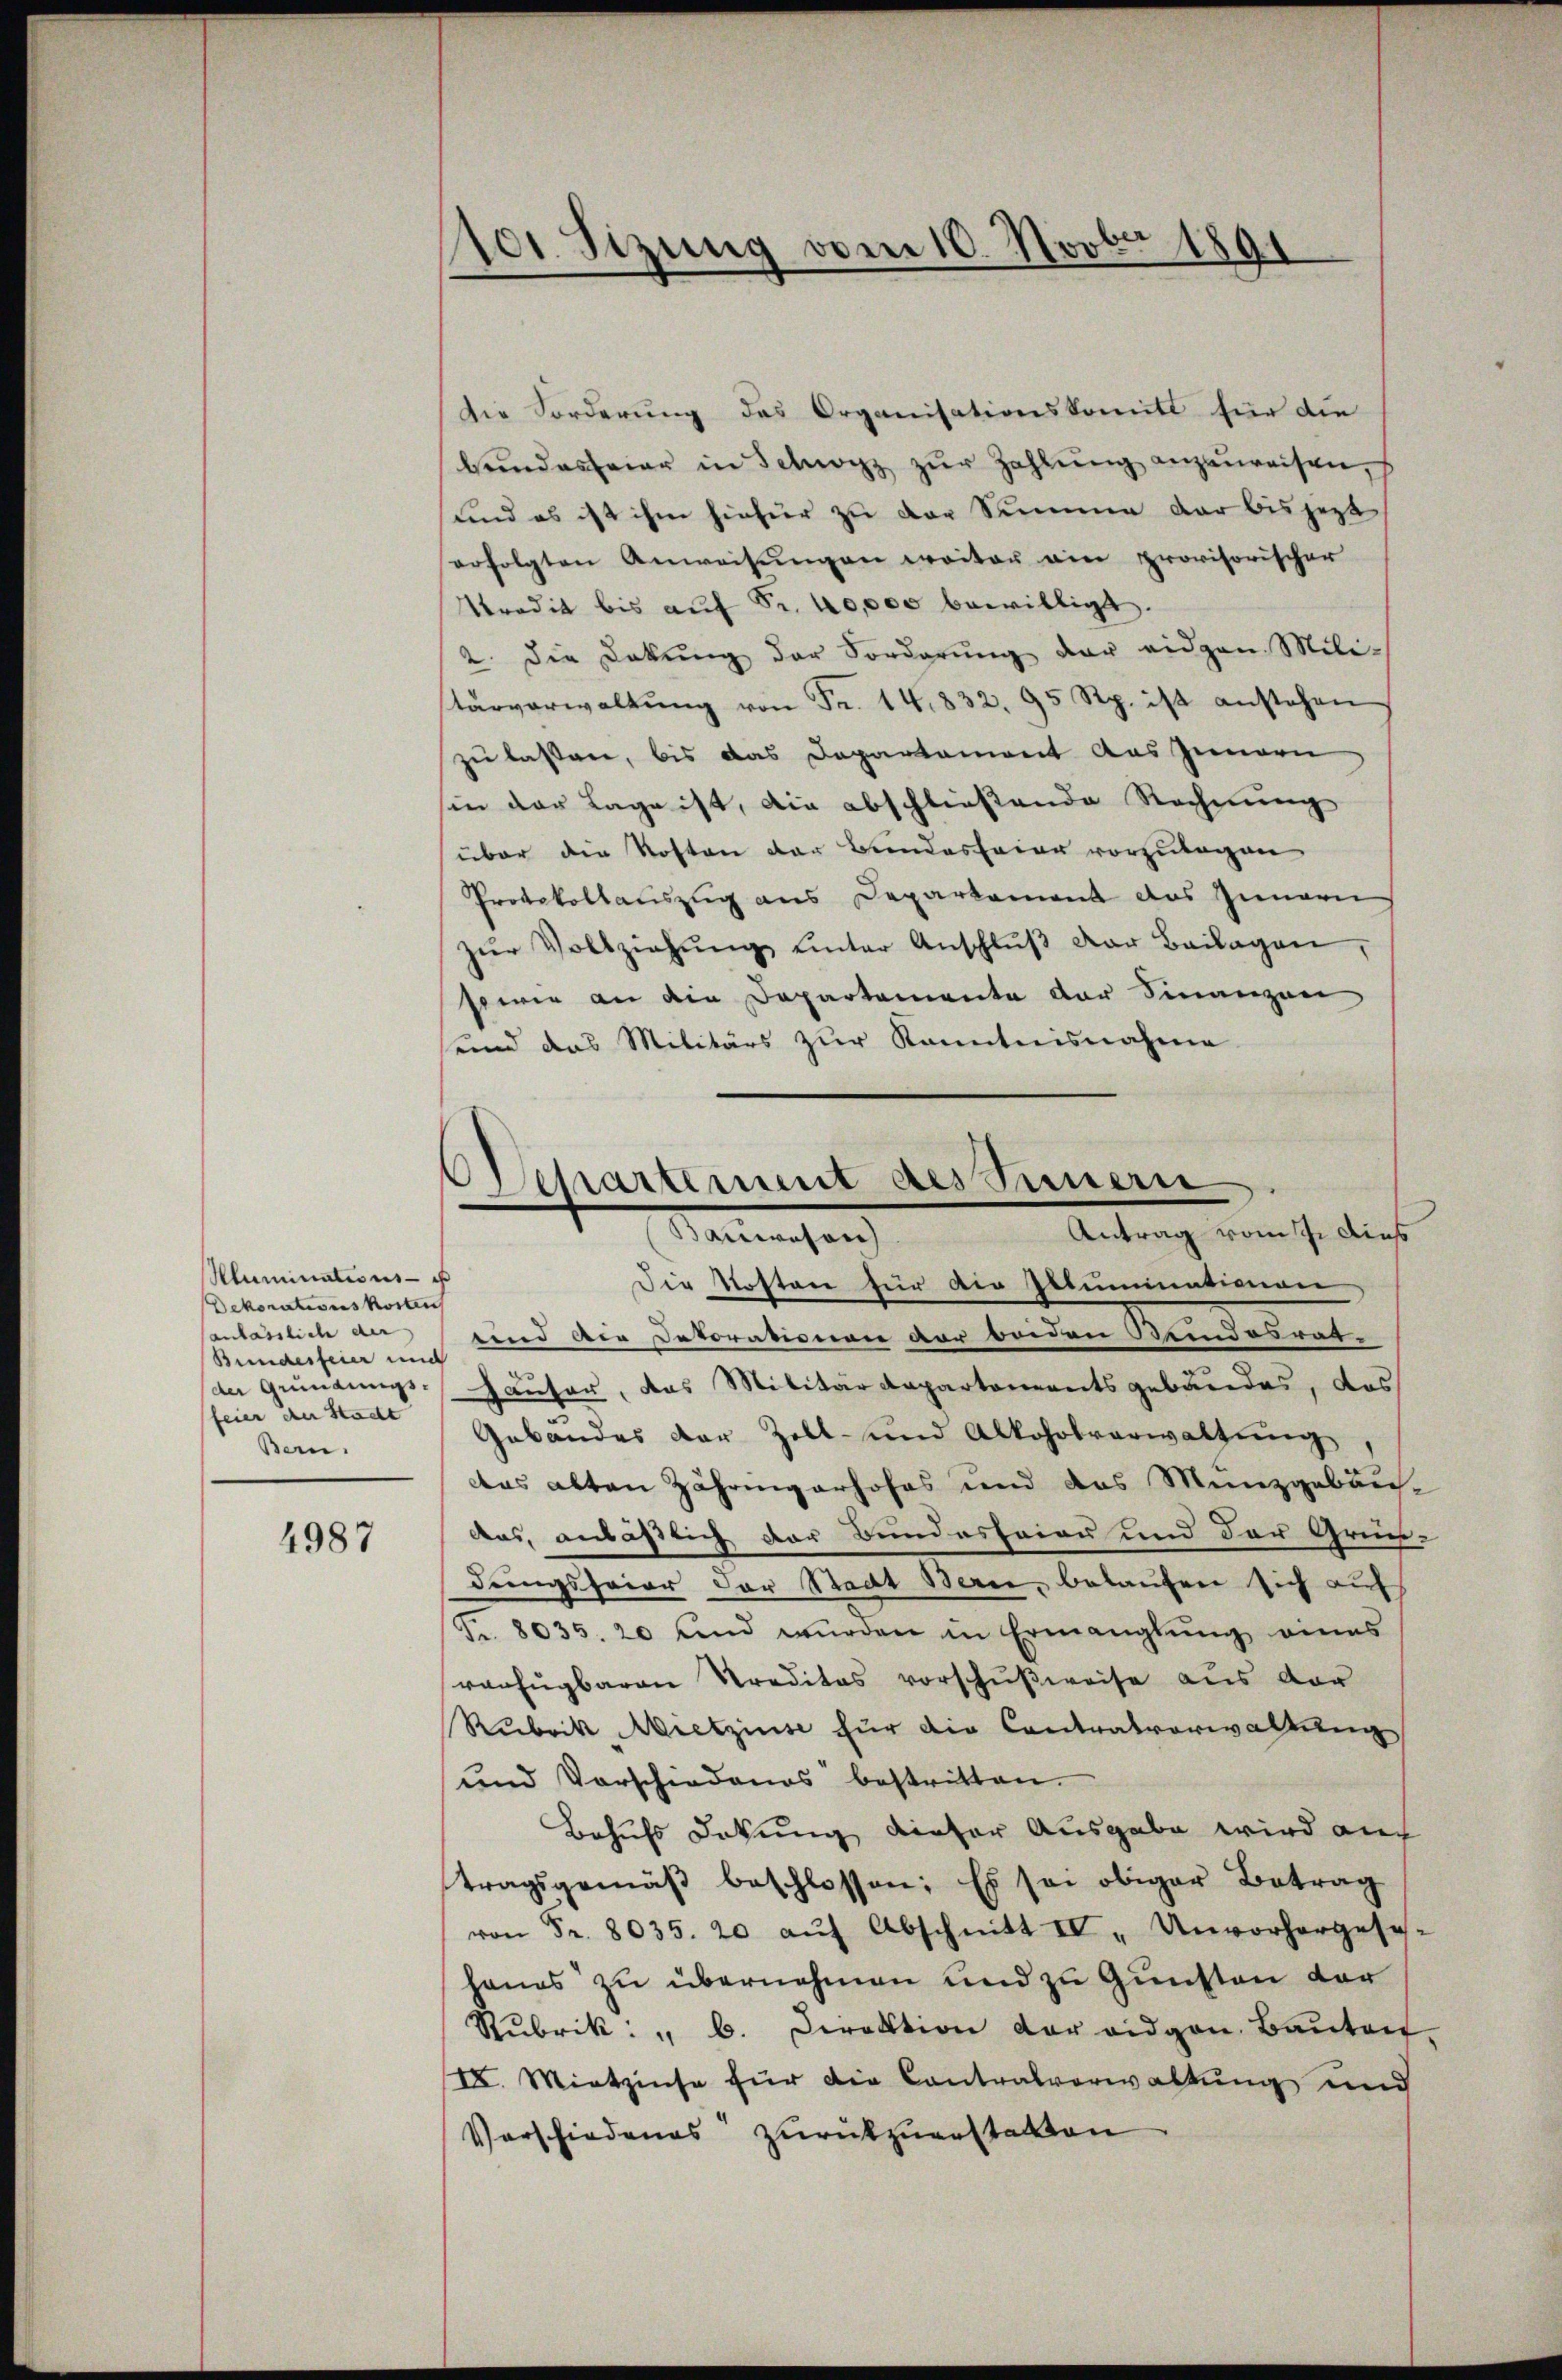
Kluminations- u
Dekorationskosten
anlässlich der
Bundesfeier und
der Gründungs-
feier der Statt
Bern.

4987

101 Sizung vom 10. Novbr 1801

Die Forderung des Organisationskomitl für die
bŭndesfeier in Schwyz zŭr Zahlŭng anzuweisen,
und es ist ihm hiefür zu der Summe der bis jetzt
erfolgten Anweisŭngen weiter ain provisorischer
Tradit bis aŭf Fr. 40,000 bewilligt.
2. die Lakŭng der Vorderŭng der eidgen Mili-
tärverwaltŭng von Fr. 14832. 95 Rp. ist anstehen
zu lassen, bis das Departement aus Innern
sen der Lage ist, die abschließende Rechnung
über die Kosten der Bundesfeier vorzulagen
Protokollauszug aus Deparkament das Innern
zŭr Vollziehŭng ŭnter Anschlŭβ der Beilagen,
sowie an die Departemente der Finanzen
und das Militärs zur Kenntnisnahme
Die Kosten für die Illuminationen
und die Dekorationen der beiden Kindesrat.
Häuser, das Militärdepartementsgebäudes, das
Gabandes der Zoll- und Alkoholverwaltŭng,
das alten Zähringerhofes und das Münzgebäu-
aus, anläßlich der Bundesfeier und der Grün-
dungsfeier der Stadt Berne, belaufen sich auf
Fr. 8035. 20 und würden in Ermanglung eines
ranfugbaren Kreditas vorschußweise aus der
Rubrik Mietzinse für die Contralverwaltetenz
und Vorschiedenes bestritten.
Behufs Dokung dieser Ausgabe wird auch
tragsgemäβ beschlossen: Es sei obiger Betrag
von Fr. 8035. 20 aŭf Abschnitt II " Unvorhergesy-
hanes zu übernehmen und zu Gunsten der
Rubrik: " b. Direktion der eidgen. Baŭten
II. Mietzinse für die Contralverwaltung und
Vorschiedenes zurückzuerstatten

schartement des Innern
Antrag vom sche dies
Manesen